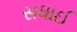
સધાઈ